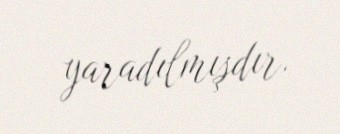
yaradılmışdır.